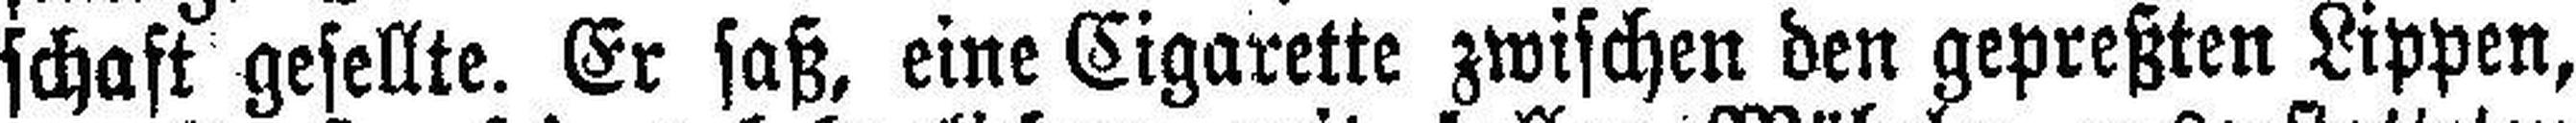
schaft gesellte. Er saß, eine Cigarette zwischen den gepreßten Lippen,